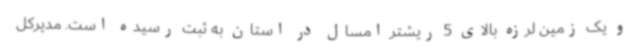
و یک زمین لرزه بالای 5 ریشتر امسال در استان به ثبت رسیده است. مدیرکل